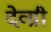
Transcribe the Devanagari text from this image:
देव्ग्री